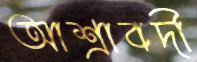
আশ্রাবদী